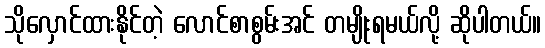
သိုလှောင်ထားနိုင်တဲ့ လောင်စာစွမ်းအင် တမျိုးရမယ်လို့ ဆိုပါတယ်။